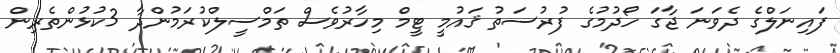
ފައިނަލްގެ ދެވަނަ ޖާގަ ހޯދުމުގެ ފުރުސަތު ޤައުމީ ޓީމް މިހާރުވެސް ތަމްސީލްކުރަމުންދާ 3ކުޅުންތެރިން